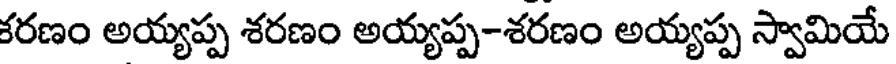
కరణం అయ్యప్ప శరణం అయ్యప్ప-శరణం అయ్యప్ప స్వామియే